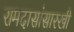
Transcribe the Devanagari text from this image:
रामदासांसारखी